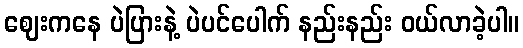
ဈေးကနေ ပဲပြားနဲ့ ပဲပင်ပေါက် နည်းနည်း ဝယ်လာခဲ့ပါ။